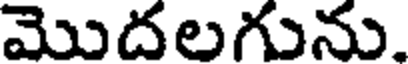
మొదలగును.